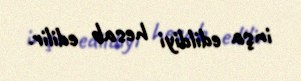
inşa edildiyi hesab edilir.